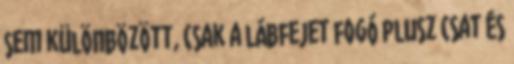
sem különbözött, csak a lábfejet fogó plusz csat és